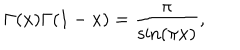
\Gamma ( x ) \Gamma ( 1 - x ) = \frac \pi { \sin ( \pi x ) } ,